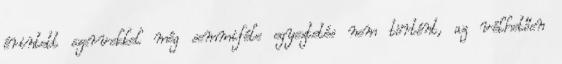
érintett szervekkel még semmiféle egyeztetés nem történt, az vélhetően